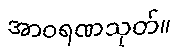
အာဝရဏသုတ်။